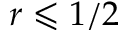
r \leqslant 1 / 2